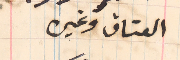
العتاق وغيره